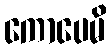
ကောပေမိ